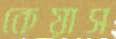
কেয়াস